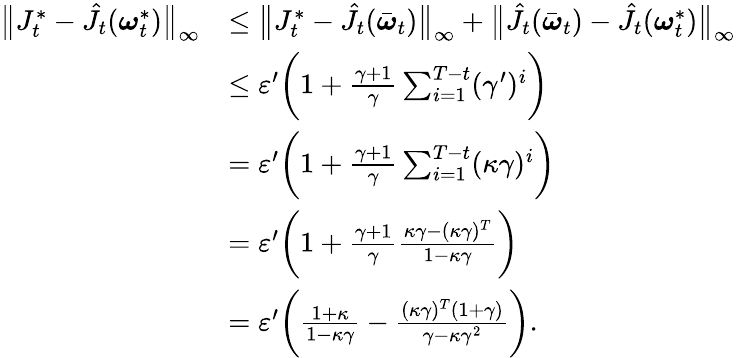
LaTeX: \begin{array}{rl}{\bigl\| J_{t}^{*}-\hat{J}_{t}(\boldsymbol{\omega}_{t}^{*})\bigr\| _{\infty}}&{\leq\bigl\| J_{t}^{*}-\hat{J}_{t}(\bar{\boldsymbol{\omega}}_{t})\bigr\| _{\infty}+\bigl\| \hat{J}_{t}(\bar{\boldsymbol{\omega}}_{t})-\hat{J}_{t}(\boldsymbol{\omega}_{t}^{*})\bigr\| _{\infty}}\\ &{\leq\varepsilon^{\prime}\biggl(1+\frac{\gamma+1}{\gamma}\sum_{i=1}^{T-t}(\gamma^{\prime})^{i}\biggr)}\\ &{=\varepsilon^{\prime}\biggl(1+\frac{\gamma+1}{\gamma}\sum_{i=1}^{T-t}(\kappa\gamma)^{i}\biggr)}\\ &{=\varepsilon^{\prime}\biggl(1+\frac{\gamma+1}{\gamma}\frac{\kappa\gamma-(\kappa\gamma)^{T}}{1-\kappa\gamma}\biggr)}\\ &{=\varepsilon^{\prime}\biggl(\frac{1+\kappa}{1-\kappa\gamma}-\frac{(\kappa\gamma)^{T}(1+\gamma)}{\gamma-\kappa\gamma^{2}}\biggr).}\end{array}